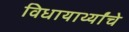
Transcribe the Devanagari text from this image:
विधायार्थ्यांचे